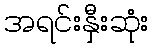
အရင်းနှီးဆုံး